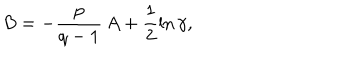
B = - \frac { p } { q - 1 } \, A + \frac 1 2 \ln \gamma ,